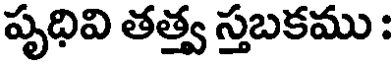
పృధివి తత్త్వ స్తబకము :